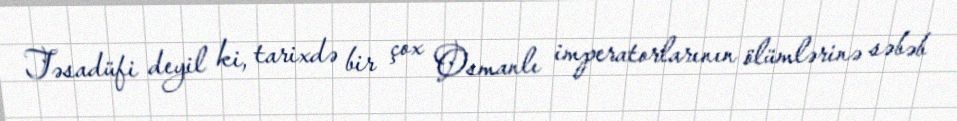
Təsadüfi deyil ki, tarixdə bir çox Osmanlı imperatorlarının ölümlərinə səbəb